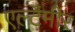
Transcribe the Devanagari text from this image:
एल्टैमीर